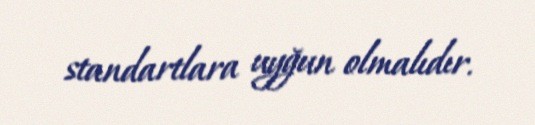
standartlara uyğun olmalıdır.